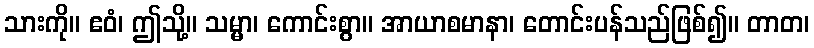
သားကို။ ဧဝံ၊ ဤသို့။ သမ္မာ၊ ကောင်းစွာ။ အာယာစမာနာ၊ တောင်းပန်သည်ဖြစ်၍။ တာတ၊